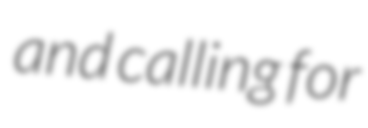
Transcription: and calling for